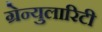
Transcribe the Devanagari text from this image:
ग्रेन्युलारिटी